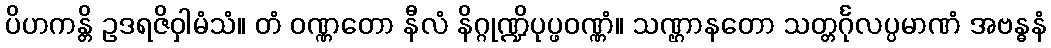
ပိဟကန္တိ ဥဒရဇိဝှါမံသံ။ တံ ဝဏ္ဏတော နီလံ နိဂ္ဂုဏ္ဍိပုပ္ဖဝဏ္ဏံ။ သဏ္ဌာနတော သတ္တင်္ဂုလပ္ပမာဏံ အဗန္ဓနံ